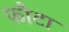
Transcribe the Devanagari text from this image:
फौटा